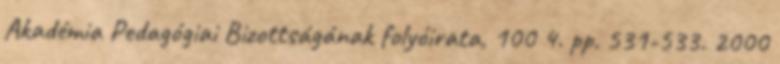
Akadémia Pedagógiai Bizottságának folyóirata, 100 4. pp. 531-533. 2000